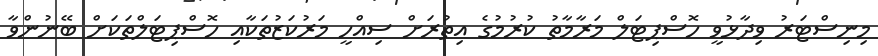
މިނިސްޓަރު ވިދާޅުވީ ހޮސްޕިޓަލް މަރާމާތު ކުރުމުގެ އިތުރަށް ސިއްހީ މަރުކަޒުތަކާއި ހޮސްޕިޓަލްތަކަށް ބޭނުންވާ